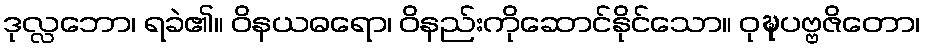
ဒုလ္လဘော၊ ရခဲ၏။ ဝိနယဓရော၊ ဝိနည်းကိုဆောင်နိုင်သော။ ဝုဍ္ဎပဗ္ဗဇိတော၊